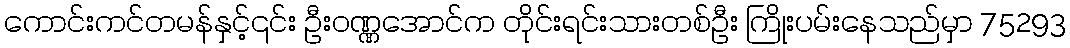
ကောင်းကင်တမန်နှင့်၎င်း ဦးဝဏ္ဏအောင်က တိုင်းရင်းသားတစ်ဦး ကြိုးပမ်းနေသည်မှာ 75293